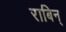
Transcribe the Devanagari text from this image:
राबिन्‌